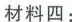
材料四